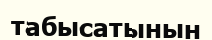
табысатынын